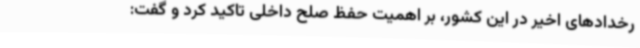
رخدادهای اخیر در این کشور، بر اهمیت حفظ صلح داخلی تاکید کرد و گفت: